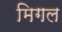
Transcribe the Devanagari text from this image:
मिगल